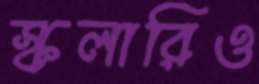
স্কলারিও